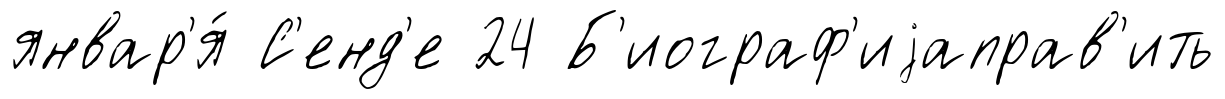
январ'я́ С'енд'е 24 Б'иограф'иjаправ'ить